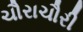
ચૌરાચૌરી